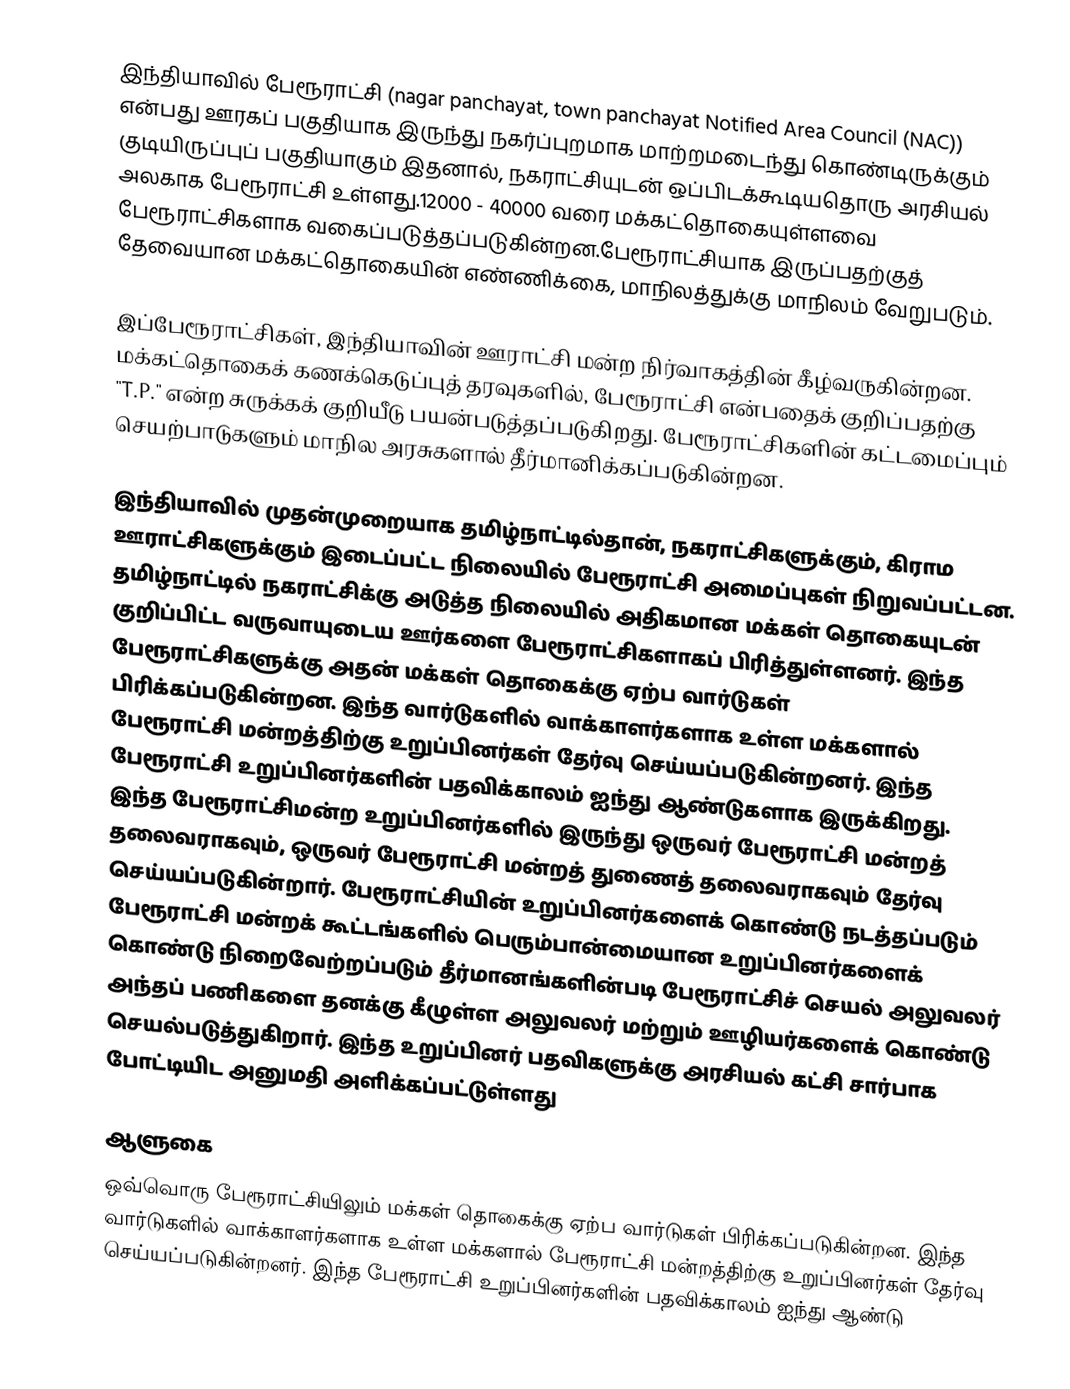
இந்தியாவில் பேரூராட்சி  (nagar panchayat, town panchayat Notified Area Council (NAC)) என்பது ஊரகப் பகுதியாக இருந்து நகர்ப்புறமாக மாற்றமடைந்து கொண்டிருக்கும் குடியிருப்புப் பகுதியாகும் இதனால், நகராட்சியுடன் ஒப்பிடக்கூடியதொரு அரசியல் அலகாக பேரூராட்சி உள்ளது.12000 - 40000 வரை மக்கட்தொகையுள்ளவை பேரூராட்சிகளாக வகைப்படுத்தப்படுகின்றன.பேரூராட்சியாக இருப்பதற்குத் தேவையான மக்கட்தொகையின் எண்ணிக்கை, மாநிலத்துக்கு மாநிலம் வேறுபடும்.

இப்பேரூராட்சிகள், இந்தியாவின் ஊராட்சி மன்ற நிர்வாகத்தின் கீழ்வருகின்றன. மக்கட்தொகைக் கணக்கெடுப்புத் தரவுகளில், பேரூராட்சி என்பதைக் குறிப்பதற்கு  "T.P." என்ற சுருக்கக் குறியீடு பயன்படுத்தப்படுகிறது.  பேரூராட்சிகளின் கட்டமைப்பும் செயற்பாடுகளும் மாநில அரசுகளால் தீர்மானிக்கப்படுகின்றன.

இந்தியாவில் முதன்முறையாக தமிழ்நாட்டில்தான், நகராட்சிகளுக்கும்,  கிராம ஊராட்சிகளுக்கும் இடைப்பட்ட நிலையில் பேரூராட்சி அமைப்புகள் நிறுவப்பட்டன.  தமிழ்நாட்டில் நகராட்சிக்கு அடுத்த நிலையில் அதிகமான மக்கள் தொகையுடன் குறிப்பிட்ட வருவாயுடைய ஊர்களை பேரூராட்சிகளாகப் பிரித்துள்ளனர். இந்த பேரூராட்சிகளுக்கு அதன் மக்கள் தொகைக்கு ஏற்ப வார்டுகள் பிரிக்கப்படுகின்றன. இந்த வார்டுகளில் வாக்காளர்களாக உள்ள மக்களால் பேரூராட்சி மன்றத்திற்கு உறுப்பினர்கள் தேர்வு செய்யப்படுகின்றனர். இந்த பேரூராட்சி உறுப்பினர்களின் பதவிக்காலம் ஐந்து ஆண்டுகளாக இருக்கிறது. இந்த பேரூராட்சிமன்ற உறுப்பினர்களில் இருந்து ஒருவர் பேரூராட்சி மன்றத் தலைவராகவும், ஒருவர் பேரூராட்சி மன்றத் துணைத் தலைவராகவும் தேர்வு செய்யப்படுகின்றார். பேரூராட்சியின் உறுப்பினர்களைக் கொண்டு நடத்தப்படும் பேரூராட்சி மன்றக் கூட்டங்களில் பெரும்பான்மையான உறுப்பினர்களைக் கொண்டு நிறைவேற்றப்படும் தீர்மானங்களின்படி பேரூராட்சிச் செயல் அலுவலர் அந்தப் பணிகளை தனக்கு கீழுள்ள அலுவலர் மற்றும் ஊழியர்களைக் கொண்டு செயல்படுத்துகிறார். இந்த உறுப்பினர் பதவிகளுக்கு அரசியல் கட்சி சார்பாக போட்டியிட அனுமதி அளிக்கப்பட்டுள்ளது

ஆளுகை
ஒவ்வொரு பேரூராட்சியிலும் மக்கள் தொகைக்கு ஏற்ப வார்டுகள் பிரிக்கப்படுகின்றன. இந்த வார்டுகளில் வாக்காளர்களாக உள்ள மக்களால் பேரூராட்சி மன்றத்திற்கு உறுப்பினர்கள் தேர்வு செய்யப்படுகின்றனர். இந்த பேரூராட்சி உறுப்பினர்களின் பதவிக்காலம் ஐந்து ஆண்டு